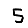
Digit: 5